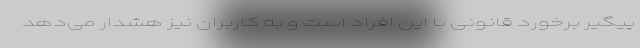
پیگیر برخورد قانونی با این افراد است و به کاربران نیز هشدار می‌دهد